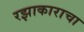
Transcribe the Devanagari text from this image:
रझाकाराचा